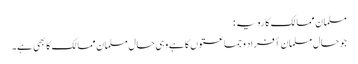
مسلمان ممالک کا رویہ :
جو حال مسلمان أفراد و جماعتوں کا ہے وہی حال مسلمان ممالک کا بھی ہے۔